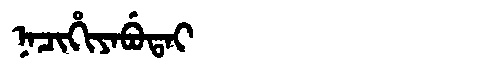
Manchu: ᠨᠠᠴᡳᡥᡳᠶᠠᠪᡠᡨᠠᡳ
Romanization: NACIHIYABUTAI